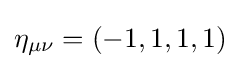
\eta _{\mu \nu }=(-1,1,1,1)